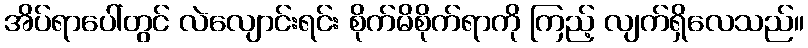
အိပ်ရာပေါ်တွင် လဲလျောင်းရင်း စိုက်မိစိုက်ရာကို ကြည့် လျက်ရှိလေသည်။